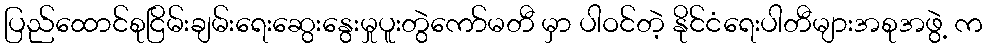
ပြည်ထောင်စုငြိမ်းချမ်းရေးဆွေးနွေးမှုပူးတွဲကော်မတီ မှာ ပါဝင်တဲ့ နိုင်ငံရေးပါတီများအစုအဖွဲ့ က